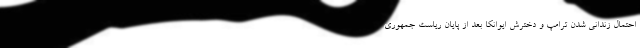
احتمال زندانی شدن ترامپ و دخترش ایوانکا بعد از پایان ریاست جمهوری